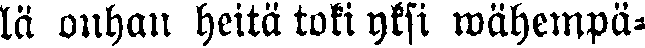
lä onhan heitä toki yksi wähempä-